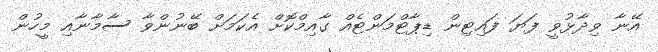
އޭނާ ވިދާޅުވީ ފަޔަ ފައިޓިން ޑިޕާޓްމަންޓެއް ގާއިމްކޮށް އެކަމަށް ބޭނުންވާ ސާމާނާއި މީހުން